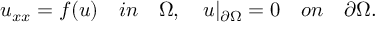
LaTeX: u _ { x x } = f ( u ) \quad i n \quad \Omega , \quad u | _ { \partial { \Omega } } = 0 \quad o n \quad \partial \Omega .